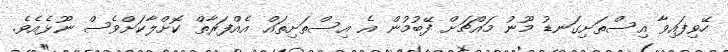
ހޭވިފައިވާ އިސްތަށިގަނޑު މޫނު މައްޗަށް ފޭބުމުން އެ އިސްތަށިތައް އެއްފަރާތް ކޮށްލާކަށްވެސް ނޫޅެއެވެ.